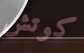
كوتش